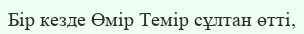
Бір кезде Өмір Темір сұлтан өтті,